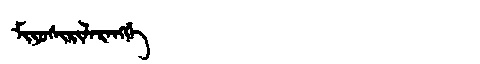
Manchu: ᠮᡳᠶᠣᠰᡳᡵᡳᠯᠠᡵᠠᠩᡤᡝ
Romanization: MIYOSIRILARANGGE